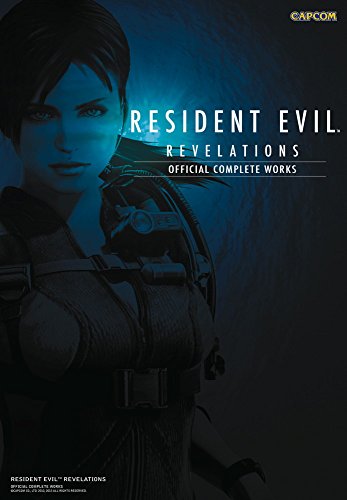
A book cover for Resident Evil Revelations: Official Complete Works; CAPCOM; Arts & Photography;